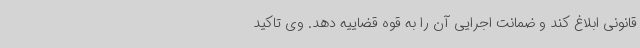
قانونی ابلاغ کند و ضمانت اجرایی آن را به قوه قضاییه دهد. وی تاکید